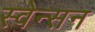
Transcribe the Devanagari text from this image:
स्वेन्सन